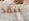
ننقذ